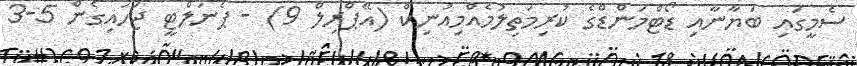
ސެމީގައި ބަޔާނާއި ޑޯޓްމަންޑްގެ ކުރިމަތިލުމެއްމިއުނިކް (އޭޕްރިލް 9) - ޕެނަލްޓީ ޖަހައިގެން 5-3